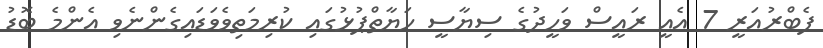
ފެބްރުއަރީ 7 އެއީ ރައީސް ވަހީދުގެ ސިޔާސީ ހަޔާތްޕުޅުގައި ކުރިމަތިވެވަޑައިގެންނެވި އެންމެ ބޮޑު